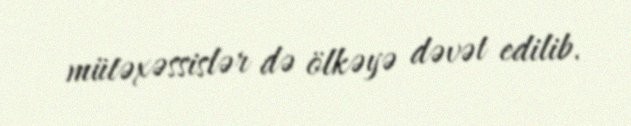
mütəxəssislər də ölkəyə dəvət edilib.